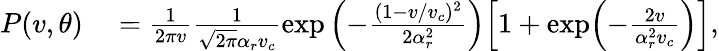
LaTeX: \begin{array}{rl}{P(v,\theta)}&{{}=\frac{1}{2\pi v}\frac{1}{\sqrt{2\pi}\alpha_{r}v_{c}}\exp{\Bigl(-\frac{(1-v/v_{c})^{2}}{2\alpha_{r}^{2}}\Bigr)}\Bigl[1+\exp\Bigl(-\frac{2v}{\alpha_{r}^{2}v_{c}}\Bigr)\Bigr],}\end{array}